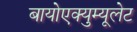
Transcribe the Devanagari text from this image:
बायोएक्युम्यूलेट